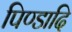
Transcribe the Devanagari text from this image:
पिण्डादि